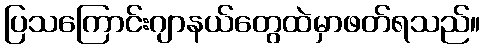
ပြသကြောင်းဂျာနယ်တွေထဲမှာဖတ်ရသည်။